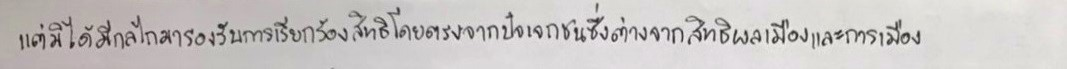
แต่มิได้มีกลไกมารองรับการเรียกร้องสิทธิโดยตรงจากปัจเจกชนซึ่งต่างจากสิทธิพลเมืองและการเมือง